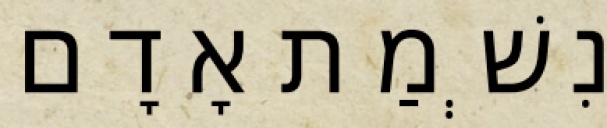
נִשְׁמַת אָדָם